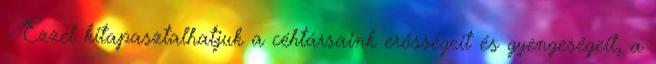
– Ezzel kitapasztalhatjuk a céhtársaink erősségeit és gyengeségeit, a